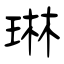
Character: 琳